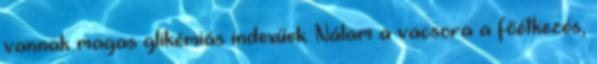
vannak magas glikémiás indexűek. Nálam a vacsora a főétkezés,